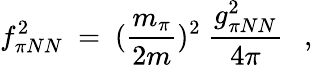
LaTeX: f_{\pi NN}^{2}\ =\ (\frac{m_{\pi}}{2m})^{2}\ \frac{g_{\pi NN}^{2}}{4\pi}\ \ \ ,